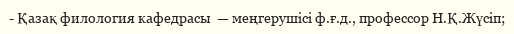
- Қазақ филология кафедрасы  — меңгерушісі ф.ғ.д., профессор Н.Қ.Жүсіп;